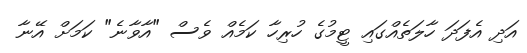
އަދި އެފަދަ ހާލަތެއްގައި ޓީމުގެ ހުރިހާ ކަމެއް ވެސް "އާވާނެ" ކަމަށް އޭނާ